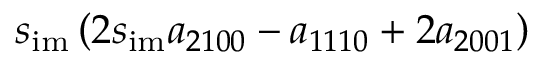
s _ { \mathrm { i m } } \left( 2 s _ { \mathrm { i m } } a _ { 2 1 0 0 } - a _ { 1 1 1 0 } + 2 a _ { 2 0 0 1 } \right)